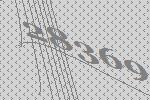
28369